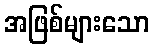
အဖြစ်များသော